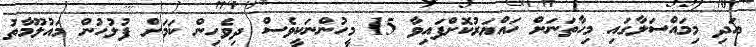
އަދި މިމައްސަލާގައި މިހާތަނަށް ހައްޔަރުކޮށްފައިވާ 15 މީހުންނަކީވެސް ދިވެހިން ކަމަށް ފުލުހުން މައުލޫމާތު